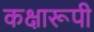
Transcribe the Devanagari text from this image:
कक्षारूपी